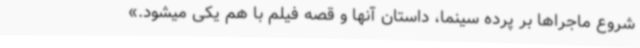
شروع ماجراها بر پرده سینما، داستان‌ آنها و قصه فیلم با هم یکی میشود.»